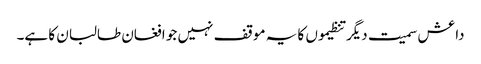
داعش سمیت دیگر تنظیموں کا یہ موقف نہیں جو افغان طالبان کا ہے۔